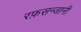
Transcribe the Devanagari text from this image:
रफ़सन्जानी